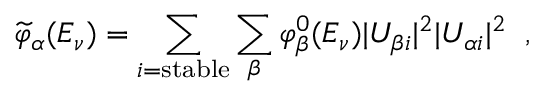
\widetilde { \varphi } _ { \alpha } ( E _ { \nu } ) = \sum _ { i = \mathrm { s t a b l e } } \sum _ { \beta } \varphi _ { \beta } ^ { 0 } ( E _ { \nu } ) | U _ { \beta i } | ^ { 2 } | U _ { \alpha i } | ^ { 2 } \; \; ,